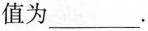
值为___.